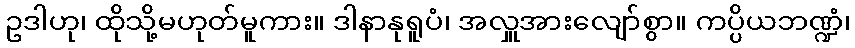
ဥဒါဟု၊ ထိုသို့မဟုတ်မူကား။ ဒါနာနုရူပံ၊ အလှူအားလျော်စွာ။ ကပ္ပိယဘဏ္ဍံ၊